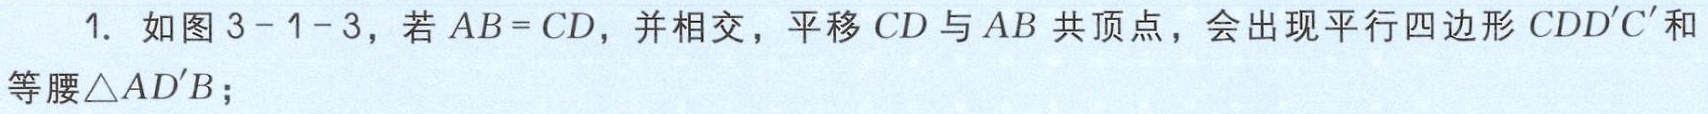
1. 如图 3 - 1 - 3，若 \(AB = CD\)，并相交，平移 \(CD\) 与 \(AB\) 共顶点，会出现平行四边形 \(CDD'C'\) 和等腰\(\triangle AD'B\)；